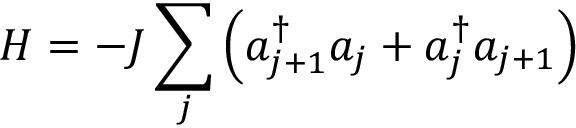
H = - J \sum _ { j } \left( a _ { j + 1 } ^ { \dagger } a _ { j } + a _ { j } ^ { \dagger } a _ { j + 1 } \right)